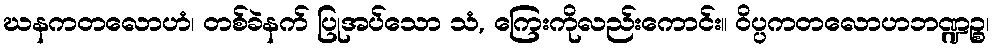
ဃနကတလောဟံ၊ တစ်ခဲနက် ပြုအပ်သော သံ, ကြေးကိုလည်းကောင်း။ ဝိပ္ပကတလောဟဘဏ္ဍဉ္စ၊